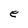
Character: e